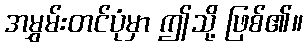
အမွှမ်းတင်ပုံမှာ ဤသို့ ဖြစ်၏။